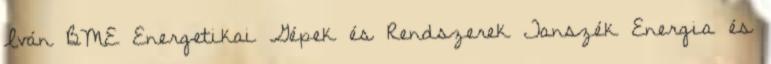
Iván BME Energetikai Gépek és Rendszerek Tanszék Energia és